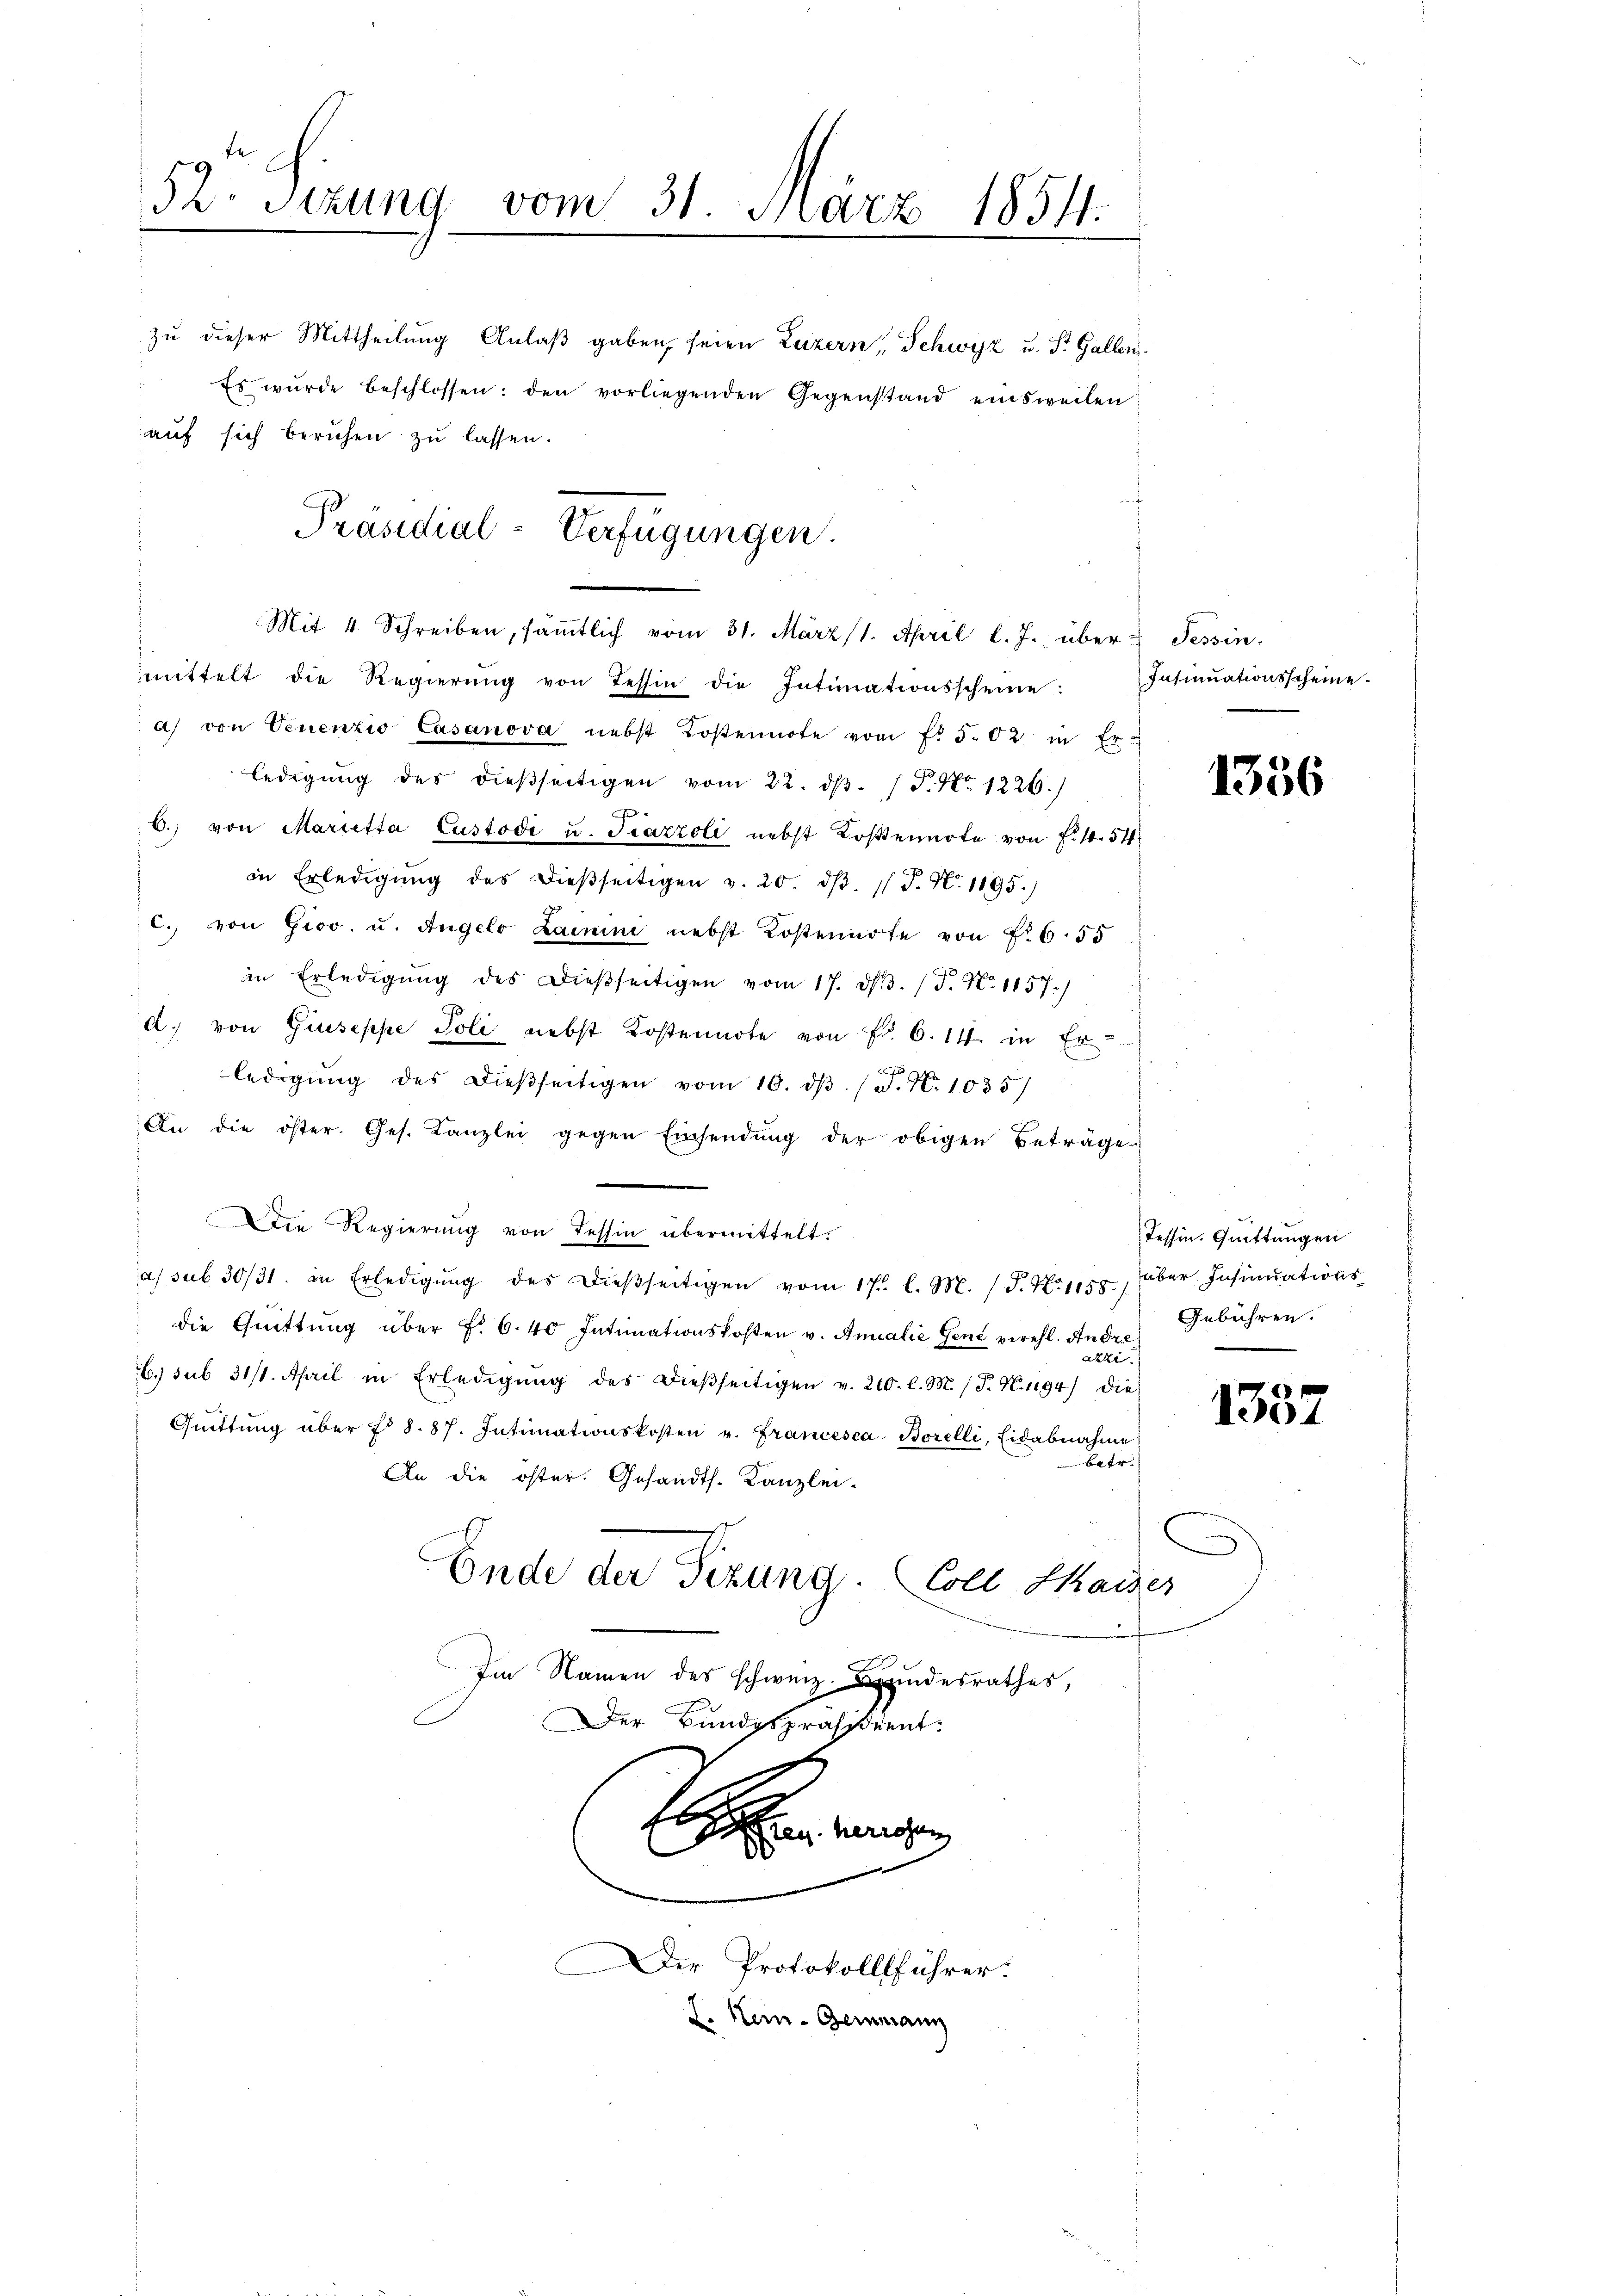
52. Sizung vom 31. März 1854.

zu dieser Mittheilung Anlaß gaben, seien Luzern, Schwyz u. St. Gallen.

" Es wŭrde beschlossen: den vorliegenden Gegenstand einsweilen
auf sich beruhen zu lassen.

Präsidial-Verfügungen.
Mit 4 Schreiben, sämtlich vom 31. März (1. April l. J. über Tessin,

mmittelt die Regierŭng von Tessin die Intimationsscheine: Insinuationsscheine-
a) von Venenzio Casanova nebst Kostennote von f. 502 in Erledigung des dießseitigen vom 22. dβ. P. Nr. 1226.)
f
6. von Marietta Custodi u. Piazzoli nebst Kostennote von F. S. 51
in Erledigŭng des dieβseitigen v. 20. dβ. 1 P. Nr. 1895.)
c. von Giov. u. Angelo Lamine nebst Kostennote von Fr. 6. 55
in Erledigŭng des dießseitigen vom 17. d. 3. (T. N. 1157.)
d. von Giuseppe Poli nebst Kostennote von Fr. 6. 11. in Ergenann
ledigŭng des dießseitigen vom 10. dβ. / M. N. 1035/
An die öster. Ges. Kanzlei gegen Einsendŭng der obigen Beträge
Die Regierung von Tessin übermittelt.
Tessin. Quittungen
a) sub 30/31. in Erledigŭng des dieβseitigen vom 17. l. M. (T. No 1155., über Insinuations
Gebühren.
die Quittung über f. 6.40 Intimationskosten v. Amialie Gent verehl. Andre
akti
6. sub 31/1. April in Erledigŭng des dieβseitigen v. 210. l. M. (T. N. 1194) die
Gŭittŭng über f. 8. 87. Intimationskosten u. Francesca Borelli, Eidabnahme
Betr
An die öster. Gesandts. Kanzlei-
Ende der Sizung. Coll Kaiser
Im Namen des schweiz. Bundesrathes,
Der Bundespräsident:
E
deren herissen,
Der Protokollführer.
J. Kein Germann

1356

1357